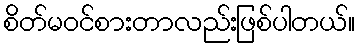
စိတ်မ၀င်စားတာလည်းဖြစ်ပါတယ်။